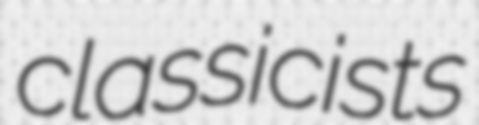
classicists